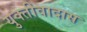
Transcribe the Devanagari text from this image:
युक्तीवादास